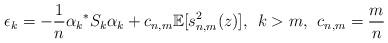
LaTeX: \begin{align*}\epsilon_k = -\frac{1}{n} {\alpha_k}^* S_k \alpha_k + c_{n,m} \mathbb{E}[s_{n,m}^2(z)], \: \: k > m, \: \: c_{n,m} = \frac{m}{n}\end{align*}